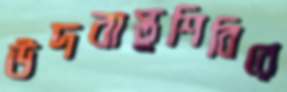
উদবাস্তুশিবিরে